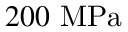
2 0 0 \ \mathrm { M P a }